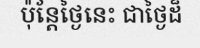
ប៉ុន្តែថ្ងៃនេះ ជាថ្ងៃដ៏